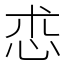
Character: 怷